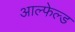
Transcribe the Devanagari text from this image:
आल्फेल्ड